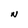
Character: N